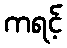
ကရင့်